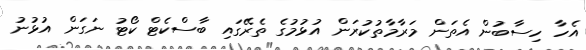
އެހާ ހިސާބުން އެތަން މަރާމާތުކުރަން އުޅުމުގެ ތެރޭގައި ބާސްކެޓް ކޯޓު ނަގަން އުޅުނު